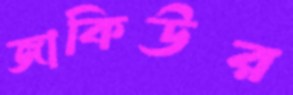
জাকিউর